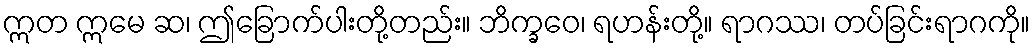
ဣတ ဣမေ ဆ၊ ဤခြောက်ပါးတို့တည်း။ ဘိက္ခဝေ၊ ရဟန်းတို့။ ရာဂဿ၊ တပ်ခြင်းရာဂကို။